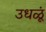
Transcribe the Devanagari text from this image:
उधळूं